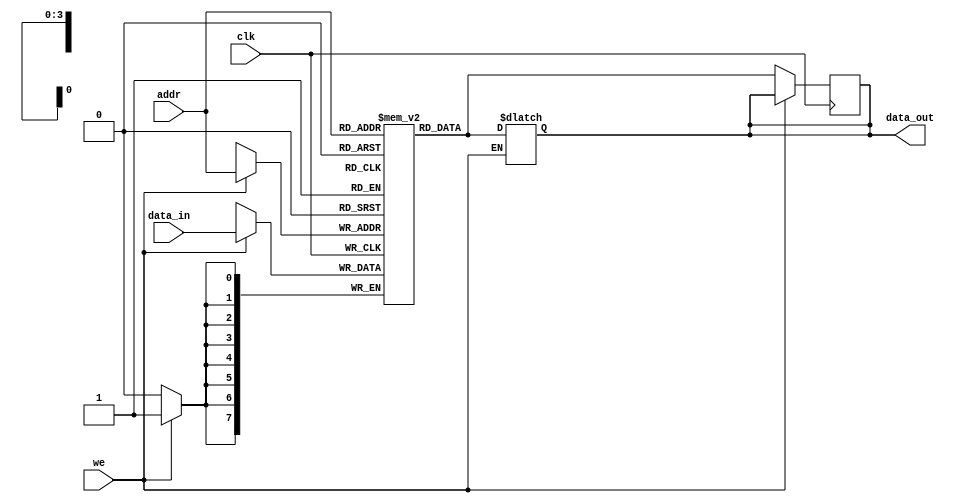
module parameterized_ram #(
    parameter DATA_WIDTH = 8,    // Width of each memory word
    parameter ADDR_WIDTH = 4      // Address width (number of addressable locations = 2^ADDR_WIDTH)
)(
    input wire clk,               // Clock signal
    input wire we,                // Write enable (active high)
    input wire [ADDR_WIDTH-1:0] addr, // Address input
    input wire [DATA_WIDTH-1:0] data_in, // Data input
    output reg [DATA_WIDTH-1:0] data_out // Data output
);

    // Memory array declaration
    reg [DATA_WIDTH-1:0] memory [(2**ADDR_WIDTH)-1:0];

    // Synchronous read/write operation
    always @(posedge clk) begin
        if (we) begin
            // Write operation
            memory[addr] <= data_in;
        end else begin
            // Read operation
            data_out <= memory[addr];
        end
    end

    // Optional: Asynchronous read operation
    always @(*) begin
        if (!we) begin
            // Asynchronous read
            data_out = memory[addr];
        end
    end

    // Optional: Asynchronous reset functionality (uncomment if needed)
    /*
    input wire rst, // Asynchronous reset
    always @(posedge clk or posedge rst) begin
        if (rst) begin
            // Reset memory to zero or predefined state
            integer i;
            for (i = 0; i < (2**ADDR_WIDTH); i = i + 1) begin
                memory[i] <= 0; // or some predefined value
            end
        end else begin
            if (we) begin
                memory[addr] <= data_in;
            end else begin
                data_out <= memory[addr];
            end
        end
    end
    */

endmodule